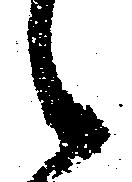
々